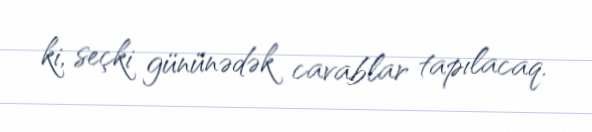
ki, seçki gününədək cavablar tapılacaq.